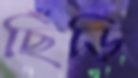
ছিঁড়ি